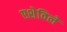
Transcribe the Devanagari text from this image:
एशेविले